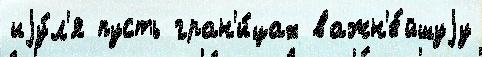
иjу́л'я пусть гран'и́цах важн'е́йшуjу